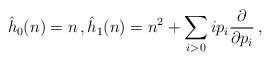
LaTeX: \begin{align*}{\hat h}_0(n) = n\,,{\hat h}_1(n) = n^2 + \sum_{i>0} ip_i\frac{\partial}{\partial p_i}\,,\end{align*}